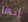
إنها